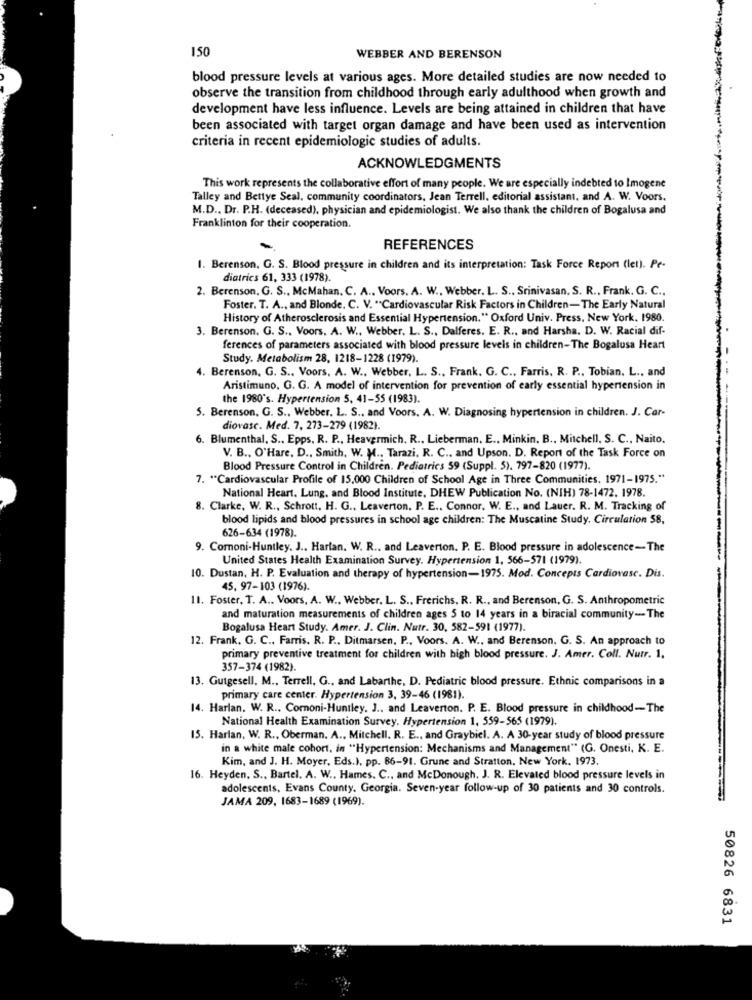
150
WEBBER AND BERENSON
blood pressure levels at various ages. More detailed studies are now needed to
observe the transition from childhood through early adulthood when growth and
development have less influence. Levels are being attained in children that have
been associated with target organ damage and have been used as intervention
criteria in recent epidemiologic studies of adults.
ACKNOWLEDGMENTS
This work represents the collaborative effort of many people. We are especially indebted to Imogene
Talley and Bettye Seal, community coordinators, Jean Terrell, editorial assistant, and A. W. Voors.
M.D ., Dr. P.H. (deceased), physician and epidemiologist. We also thank the children of Bogalusa and
Franklinton for their cooperation.
REFERENCES
1. Berenson, G. S. Blood pressure in children and its interpretation: Task Force Report (let). Pe-
diatrics 61, 333 (1978).
2. Berenson, G. S ., McMahan. C. A ., Voors. A. W ., Webber. L. S ., Srinivasan, S. R ., Frank. G. C ..
Foster. T. A ., and Blonde. C. V. "Cardiovascular Risk Factors in Children-The Early Natural
History of Atherosclerosis and Essential Hypertension." Oxford Univ. Press, New York, 1980.
3. Berenson. G. S ., Voors. A. W ., Webber. L. S ., Dalferes. E. R ., and Harsha, D. W. Racial dif-
ferences of parameters associated with blood pressure levels in children-The Bogalusa Heart
Study. Metabolism 28, 1218-1228 (1979).
4. Berenson, G. S .. Voors, A. W ., Webber, L. S ., Frank. G. C ., Farris. R. P ., Tobian. L ., and
Aristimuno. G. G. A model of intervention for prevention of early essential hypertension in
the 1980's. Hypertension 5, 41-55 (1983).
5. Berenson, G. S ., Webber. L. S ., and Voors. A. W. Diagnosing hypertension in children. J. Car-
diovasc. Med. 7. 273-279 (1982).
6. Blumenthal, S .. Epps, R. P ., Heavermich. R .. Lieberman. E ., Minkin. B ., Mitchell, S. C ., Naito.
V. B ., O'Hare, D ., Smith, W. M ., Tarazi. R. C ., and Upson. D. Report of the Task Force on
Blood Pressure Control in Children. Pediatrics 59 (Suppl. 5). 797-820 (1977).
7. "Cardiovascular Profile of 15,000 Children of School Age in Three Communities. 1971-1975."
National Heart. Lung, and Blood Institute, DHEW Publication No. (NIH) 78-1472. 1978.
8. Clarke, W. R ., Schrott, H. G ., Leaverton. P. E ., Connor, W. E ., and Lauer. R. M. Tracking of
blood lipids and blood pressures in school age children: The Muscatine Study. Circulation 58,
626-634 (1978).
9. Comoni-Huntley. J .. Hartan. W. R .. and Leaverion. P. E. Blood pressure in adolescence-The
United States Health Examination Survey. Hypertension 1, 566-571 (1979).
10. Dustan, H. P. Evaluation and therapy of hypertension-1975. Mod. Concepts Cardiovasc. Dis.
45, 97-103 (1976).
11. Foster, T. A .. Voors, A. W ., Webber. L. S ., Frerichs. R. R ., and Berenson, G. S. Anthropometric
and maturation measurements of children ages 5 to 14 years in a biracial community -- The
Bogalusa Heart Study. Amer. J. Clin. Nutr. 30, 582-591 (1977).
12. Frank. G. C ., Farris. R. P ., Ditmarsen, P ., Voors. A. W ., and Berenson, G. S. An approach to
primary preventive treatment for children with high blood pressure. J. Amer. Coll. Nutr. 1.
357-374 (1982)
13. Gutgesell, M ., Terrell, G ., and Labarthe, D. Pediatric blood pressure. Ethnic comparisons in a
primary care center. Hypertension 3, 39-46 (1981).
14. Harlan. W. R .. Comoni-Huntley. J ., and Leaverton. P. E. Blood pressure in childhood-The
National Health Examination Survey. Hypertension 1, 559-565 (1979)
15. Harlan, W. R ., Oberman. A ., Mitchell. R. E ., and Graybiel. A. A 30-year study of blood pressure
in a white male cohort, in "Hypertension: Mechanisms and Management" (G. Onesti, K. E.
Kim, and J. H. Moyer, Eds.), pp. 86-91. Grune and Stratton, New York. 1973.
16. Heyden. S ., Bartel. A. W .. Hames. C ., and McDonough. J. R. Elevated blood pressure levels in
adolescents, Evans County. Georgia. Seven-year follow-up of 30 patients and 30 controls.
JAMA 209, 1683-1689 (1969).
50826 6831